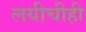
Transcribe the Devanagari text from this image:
लयीचीही